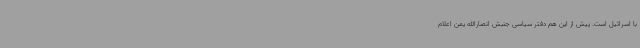
با اسرائیل است. پیش از این هم دفتر سیاسی جنبش انصارالله یمن اعلام